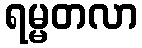
ရမ္မတလာ